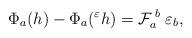
LaTeX: \begin{align*}\Phi_{a}(h)-\Phi_{a}({ }^{\varepsilon}h)={\cal F}_{a}^{\; b} \; \varepsilon_{b},\end{align*}